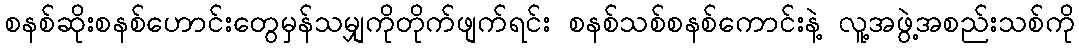
စနစ်ဆိုးစနစ်ဟောင်းတွေမှန်သမျှကိုတိုက်ဖျက်ရင်း စနစ်သစ်စနစ်ကောင်းနဲ့ လူ့အဖွဲ့အစည်းသစ်ကို